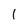
Character: 1